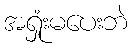
အရှုံးမပေးဘဲ